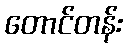
တောင်တန်း